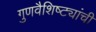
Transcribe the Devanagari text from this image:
गुणवैशिष्ट्यांची